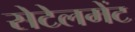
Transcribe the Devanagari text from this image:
सेटेलमेंट